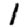
Digit: 1